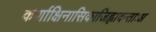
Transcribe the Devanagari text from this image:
कर्णाक्षिनासिकाजिह्लादन्ताःअ